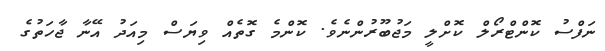
ނަފްސު ކޮންޓްރޯލް ކޮށްލީ މަޖުބޫރުންނެވެ. ކޮންމެ ގޮތެއް ވިޔަސް މިއަދު އޭނާ ޖާހަތުގެ